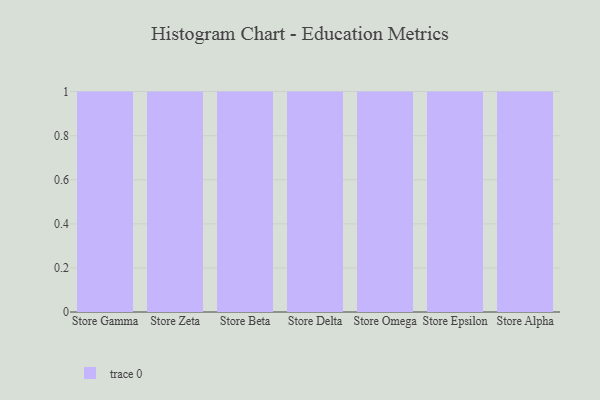
{"axis": {"x": "Store", "y": "Churn Rate (%)"}, "legend": [""], "data": [{"x": "Store Gamma", "y": 11, "type": ""}, {"x": "Store Zeta", "y": 7, "type": ""}, {"x": "Store Beta", "y": 78, "type": ""}, {"x": "Store Delta", "y": 84, "type": ""}, {"x": "Store Omega", "y": 2, "type": ""}, {"x": "Store Epsilon", "y": 17, "type": ""}, {"x": "Store Alpha", "y": 25, "type": ""}]}